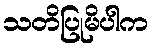
သတိပြုမိပါက